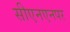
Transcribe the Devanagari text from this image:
सीएनएनपर